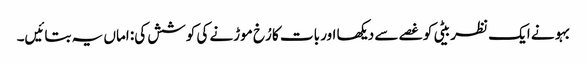
بہو نے ایک نظر بیٹی کو غصے سے دیکھا اور بات کا رُخ موڑنے کی کوشش کی: اماں یہ بتائیں۔